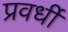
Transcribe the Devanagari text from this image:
प्रवर्धी